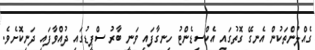
ގެއްލުންތަކުން އެނގޭ ގޮތުގައި އެކްސިޑެންޓު ހިނގާފައި ވަނީ ބާރު ސްޕީޑުގައި ދުއްވާފައި ދަނިކޮށެވެ.